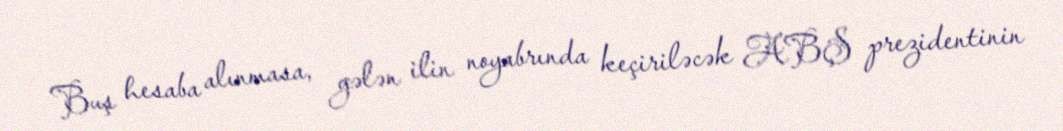
Buş hesaba alınmasa, gələn ilin noyabrında keçiriləcək ABŞ prezidentinin